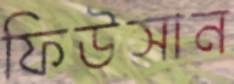
ফিউসান